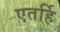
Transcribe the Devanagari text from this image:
एतर्हि